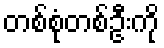
တစ်စုံတစ်ဦးကို